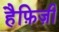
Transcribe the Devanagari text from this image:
हैफ़िज़ी